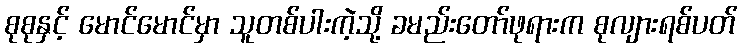
စုစုနှင့် မောင်မောင်မှာ သူတစ်ပါးကဲ့သို့ ခမည်းတော်ဖုရားက စုလျားရစ်ပတ်